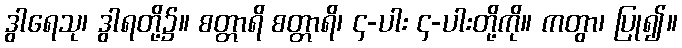
ဒွါရေသု၊ ဒွါရတို့၌။ စတ္တာရိ စတ္တာရိ၊ ၄-ပါး ၄-ပါးတို့ကို။ ကတွာ၊ ပြု၍။